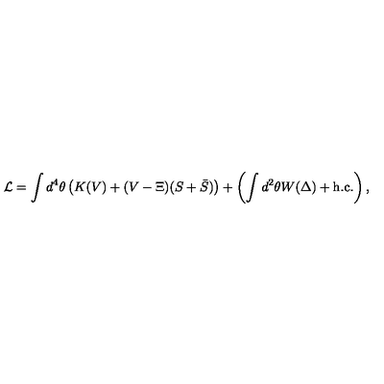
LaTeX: { \cal L } = \int d ^ { 4 } \theta \left( K ( V ) + ( V - \Xi ) ( S + \bar { S } ) \right) + \left( \int d ^ { 2 } \theta W ( \Delta ) + \mathrm { h . c . } \right) ,